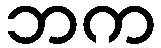
ဘက